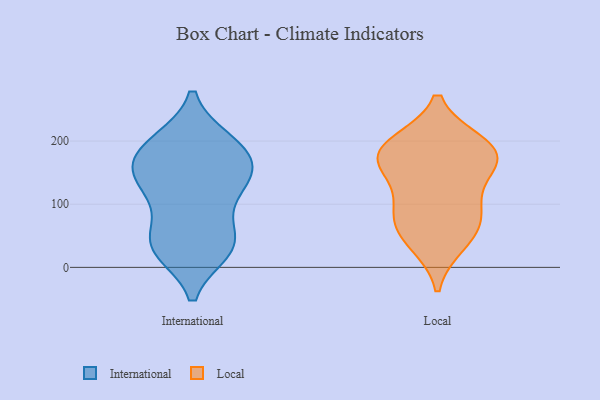
{"axis": {"x": "Conversion Rate (%)", "y": "Value"}, "legend": ["International", "Local"], "data": [{"x": "", "y": 166, "type": "International"}, {"x": "", "y": 143, "type": "International"}, {"x": "", "y": 198, "type": "International"}, {"x": "", "y": 43, "type": "International"}, {"x": "", "y": 33, "type": "International"}, {"x": "", "y": 195, "type": "International"}, {"x": "", "y": 28, "type": "International"}, {"x": "", "y": 196, "type": "International"}, {"x": "", "y": 158, "type": "International"}, {"x": "", "y": 166, "type": "International"}, {"x": "", "y": 134, "type": "International"}, {"x": "", "y": 122, "type": "International"}, {"x": "", "y": 42, "type": "International"}, {"x": "", "y": 34, "type": "International"}, {"x": "", "y": 104, "type": "International"}, {"x": "", "y": 76, "type": "Local"}, {"x": "", "y": 89, "type": "Local"}, {"x": "", "y": 181, "type": "Local"}, {"x": "", "y": 170, "type": "Local"}, {"x": "", "y": 169, "type": "Local"}, {"x": "", "y": 107, "type": "Local"}, {"x": "", "y": 52, "type": "Local"}, {"x": "", "y": 194, "type": "Local"}, {"x": "", "y": 161, "type": "Local"}, {"x": "", "y": 39, "type": "Local"}, {"x": "", "y": 195, "type": "Local"}]}